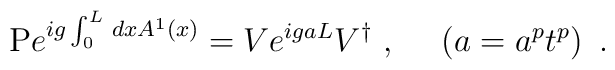
\mbox{P} e^{ ig\int_0^L \, dx A^1(x)}= V e^{igaL}V^{\dagger} \ , \ \ \ \ \left(a= a^{p}t^{p}\right) \ .